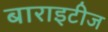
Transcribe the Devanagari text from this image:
बाराइटीज